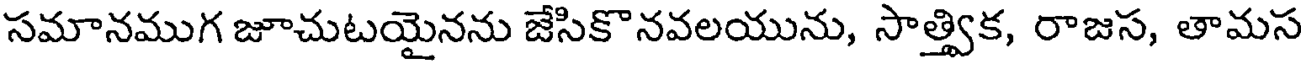
సమానముగ జూచుటయైనను జేసికొనవలయును, సాత్త్విక, రాజస, తామస